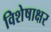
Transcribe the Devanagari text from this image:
विशेषाक्षर